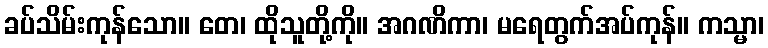
ခပ်သိမ်းကုန်သော။ တေ၊ ထိုသူတို့ကို။ အဂဏိကာ၊ မရေတွက်အပ်ကုန်။ ကသ္မာ၊